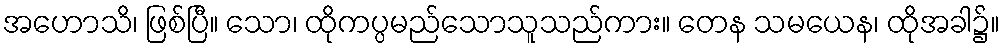
အဟောသိ၊ ဖြစ်ပြီ။ သော၊ ထိုကပ္ပမည်သောသူသည်ကား။ တေန သမယေန၊ ထိုအခါ၌။